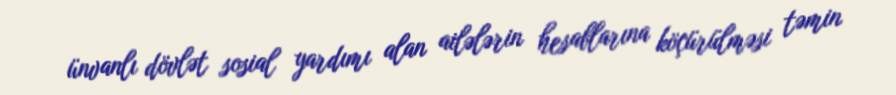
ünvanlı dövlət sosial yardımı alan ailələrin hesablarına köçürülməsi təmin